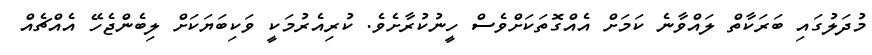
މުދަލުގައި ބަރަކާތް ލައްވާނެ ކަމަށް އެއްގޮތަކަށްވެސް ހީނުކުރާށެވެ. ކުރިއެރުމަކީ ވަކިބަޔަކަށް ލިބެންޖެހޭ އެއްޗެއް